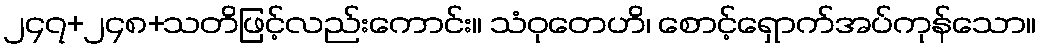
၂၄၇+၂၄၈+သတိဖြင့်လည်းကောင်း။ သံဝုတေဟိ၊ စောင့်ရှောက်အပ်ကုန်သော။